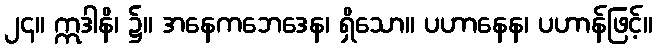
၂၄။ ဣဒါနိ၊ ၌။ အနေကဘေဒေန၊ ရှိသော။ ပဟာနေန၊ ပဟာန်ဖြင့်။